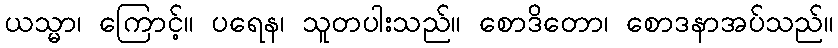
ယသ္မာ၊ ကြောင့်။ ပရေန၊ သူတပါးသည်။ စောဒိတော၊ စောဒနာအပ်သည်။